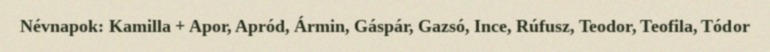
Névnapok: Kamilla + Apor, Apród, Ármin, Gáspár, Gazsó, Ince, Rúfusz, Teodor, Teofila, Tódor